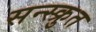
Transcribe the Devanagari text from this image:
सन्स्क्रुत